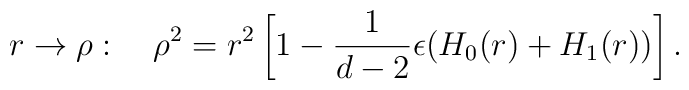
r\rightarrow\rho:\quad  \rho^2=r^2\left[1-\frac{1}{d-2}\epsilon(H_0(r)+H_1(r))\right].